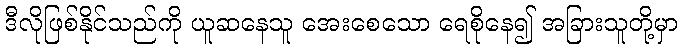
ဒီလိုဖြစ်နိုင်သည်ကို ယူဆနေသူ အေးစေသော ရေစိုနေ၍ အခြားသူတို့မှာ